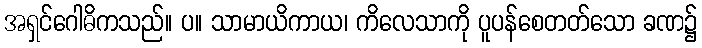
အရှင်ဂေါဓိကသည်။ ပ။ သာမာယိကာယ၊ ကိလေသာကို ပူပန်စေတတ်သော ခဏ၌